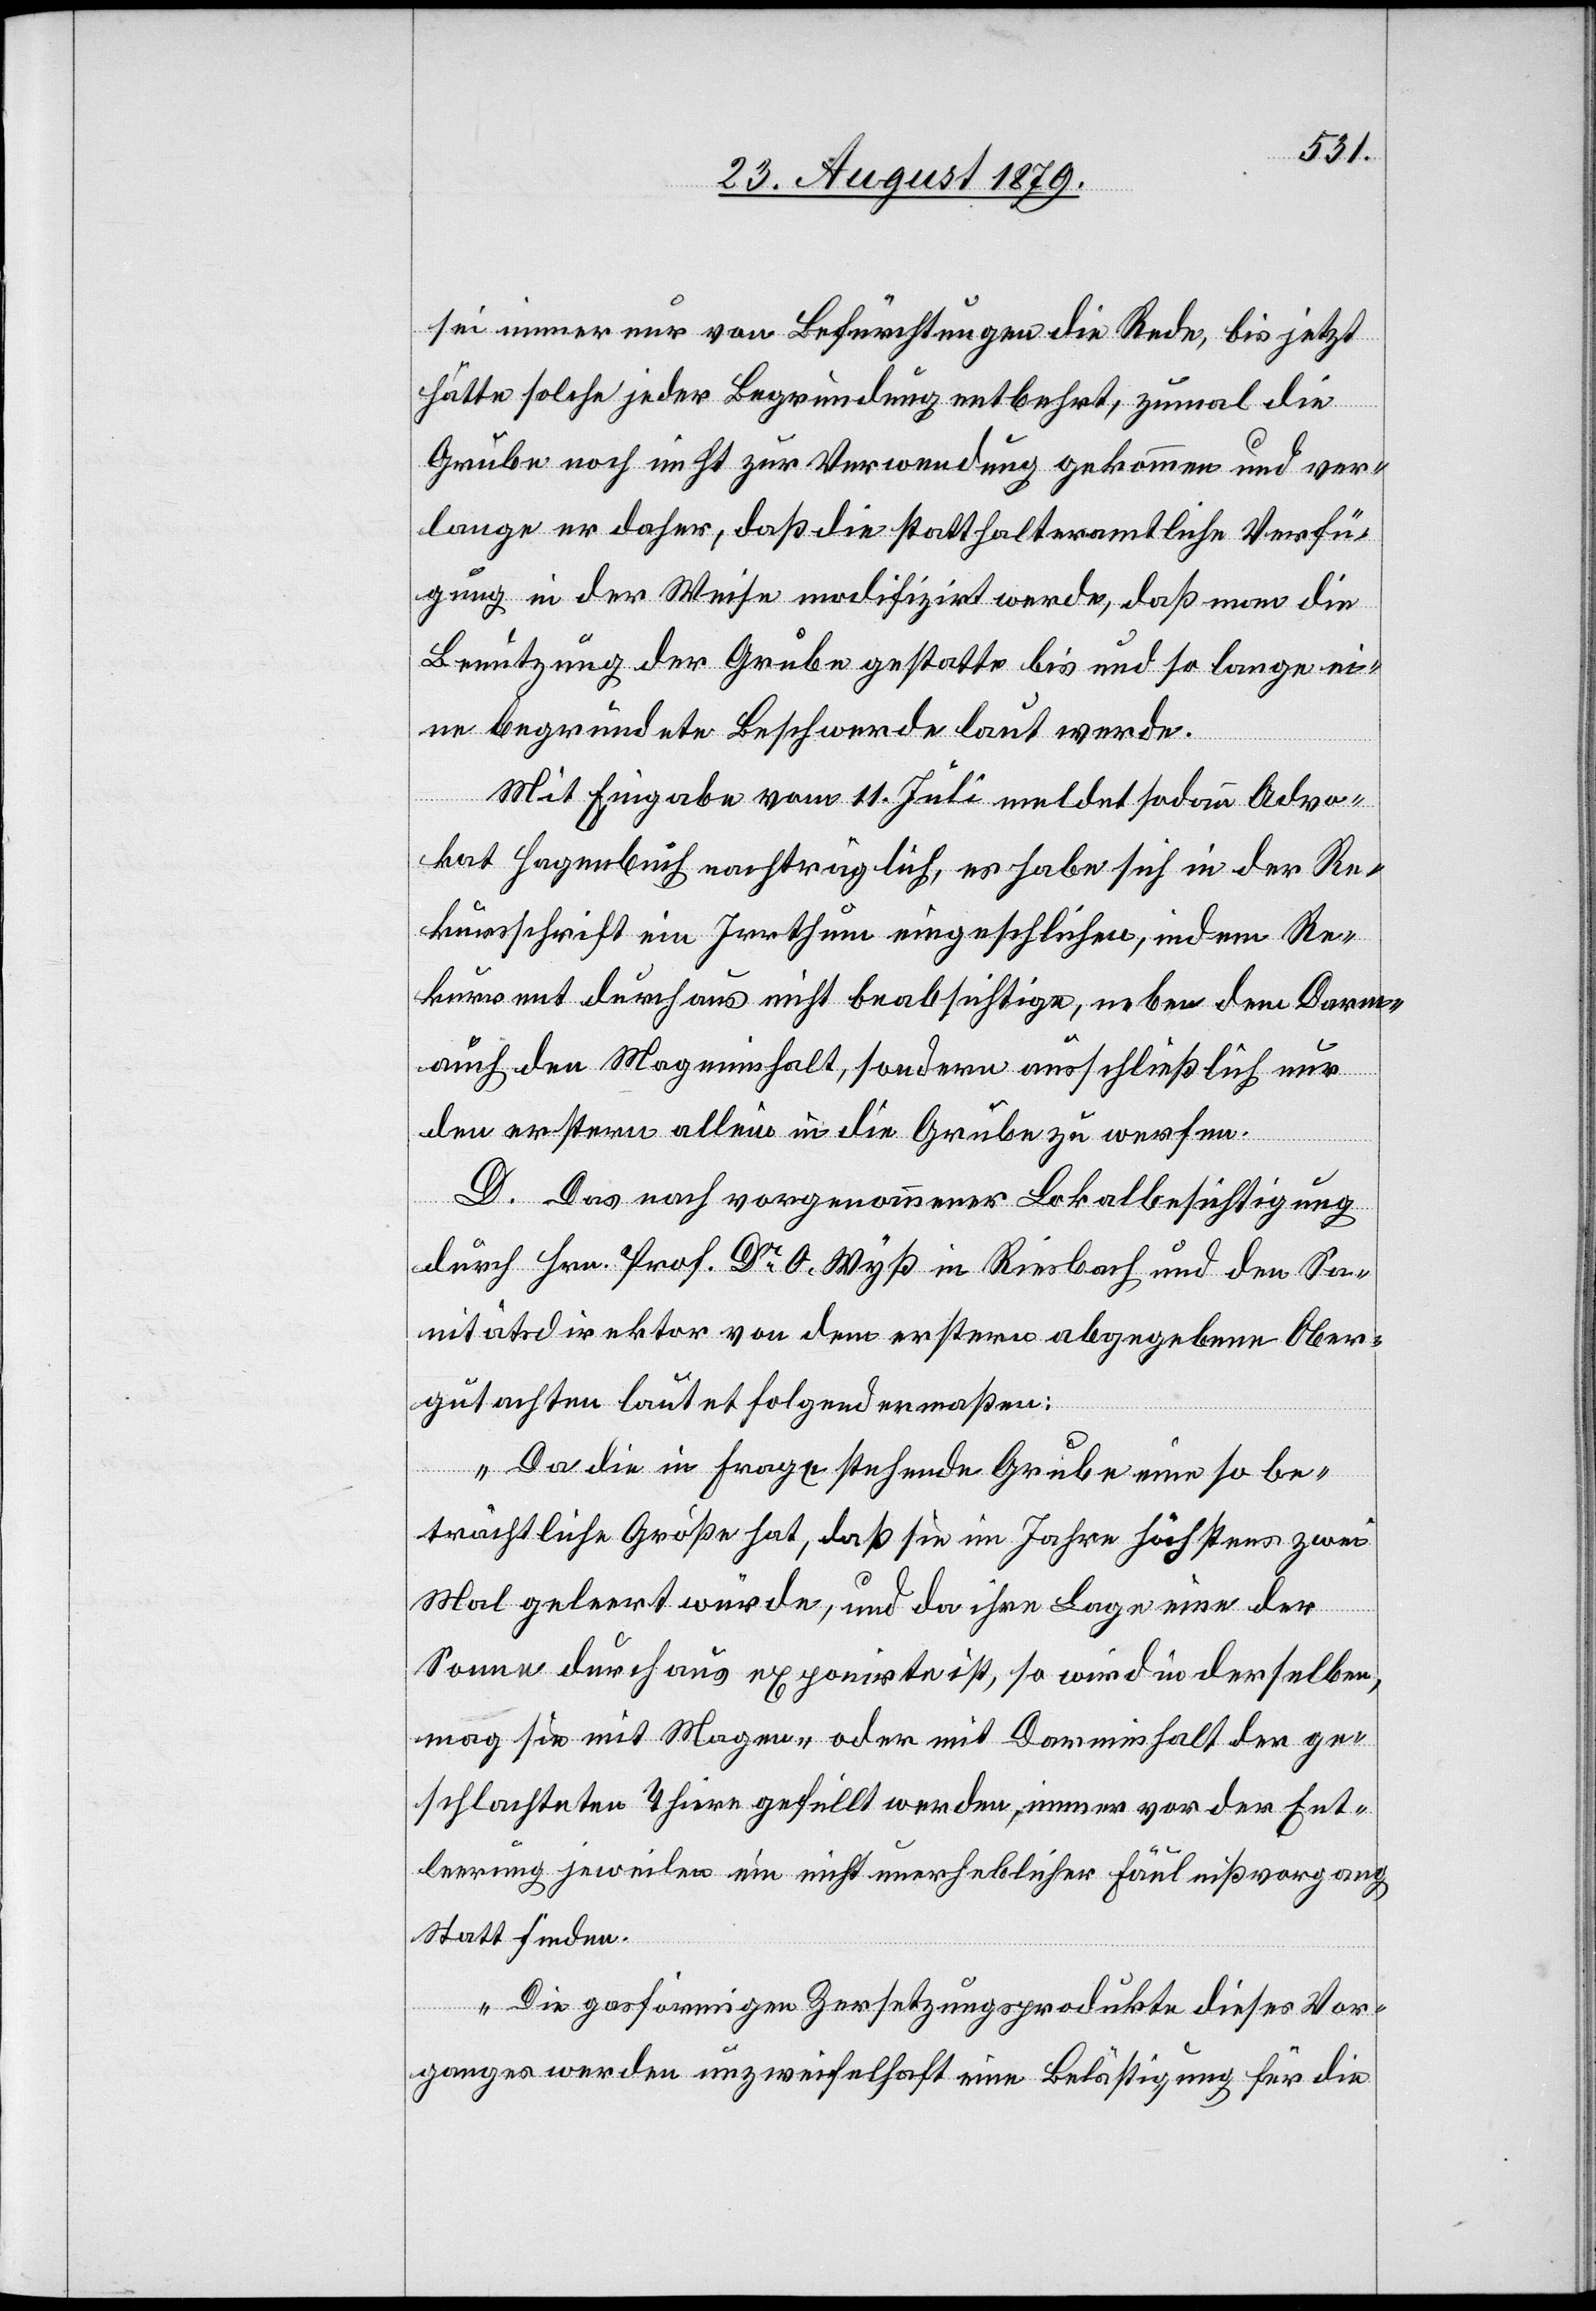
sei immer nur von Befürchtungen die Rede, bis jetzt
hätte solche jeder Begründung entbehrt, zumal die
Grube noch nicht zur Verwendung gekommen und ver¬
lange er daher, daß die statthalteramtliche Verfü¬
gung in der Weise modifizirt werde, daß man die
Benützung der Grube gestatte bis und so lange ei¬
ne begründete Beschwerde laut werde.
Mit Eingabe vom 11. Juli meldet sodann Advo¬
kat Hagenbuch nachträglich, es habe sich in der Re¬
kursschrift ein Irrthum eingeschlichen, indem Re¬
kurrent durchaus nicht beabsichtige, neben dem Darm-
auch den Mageninhalt, sodann ausschließlich nur
den erstern allein in die Grube zu werfen.
D. Das nach vorgenommener Lokalbesichtigung
durch Hrn. Prof. Dr O. Wyß in Riesbach und den Sa¬
nitätsdirektor von dem erstern abgegebene Ober¬
gutachten lautet folgendermaßen:
„Da die in Frage stehende Grube eine so be¬
trächtliche Größe hat, daß sie im Jahre höchstens zwei
Mal geleert würde, und da ihre Lage eine der
Sonne durchaus exponirte ist, so wird in derselben,
mag sie mit Magen- oder mit Darminhalt der ge¬
schlachteten Thiere gefüllt werden, immer vor der Ent¬
leerung jeweilen ein nicht unerheblicher Fäulnißvorgang
statt finden.
Die gasförmigen Zersetzungsprodukte dieses Vor¬
ganges werden unzweifelhaft eine Belästigung für die